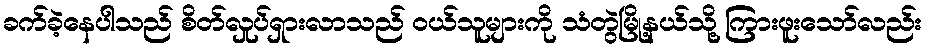
ခက်ခဲ့နေပါသည် စိတ်လှုပ်ရှားလာသည် ဝယ်သူများကို သံတွဲမြို့နယ်သို့ ကြားဖူးသော်လည်း